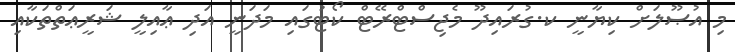
މި އުޞޫލަށް ކިޔާނީ ކ.ގުރައިދޫ މެޖިސްޓްރޭޓް ކޯޓުގައި މަދަނީ އަދި ޢާއިލީ ޝަރީޢަތްތަކާއި